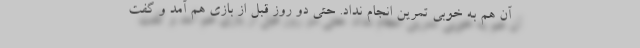
آن هم به خوبی تمرین انجام نداد. حتی دو روز قبل از بازی هم آمد و گفت